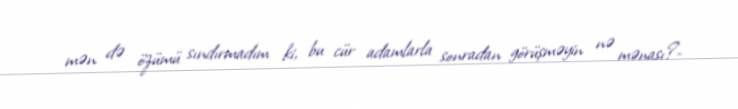
mən də özümü sındırmadım ki, bu cür adamlarla sonradan görüşməyin nə mənası?-